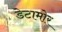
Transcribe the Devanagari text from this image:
डेटामोर